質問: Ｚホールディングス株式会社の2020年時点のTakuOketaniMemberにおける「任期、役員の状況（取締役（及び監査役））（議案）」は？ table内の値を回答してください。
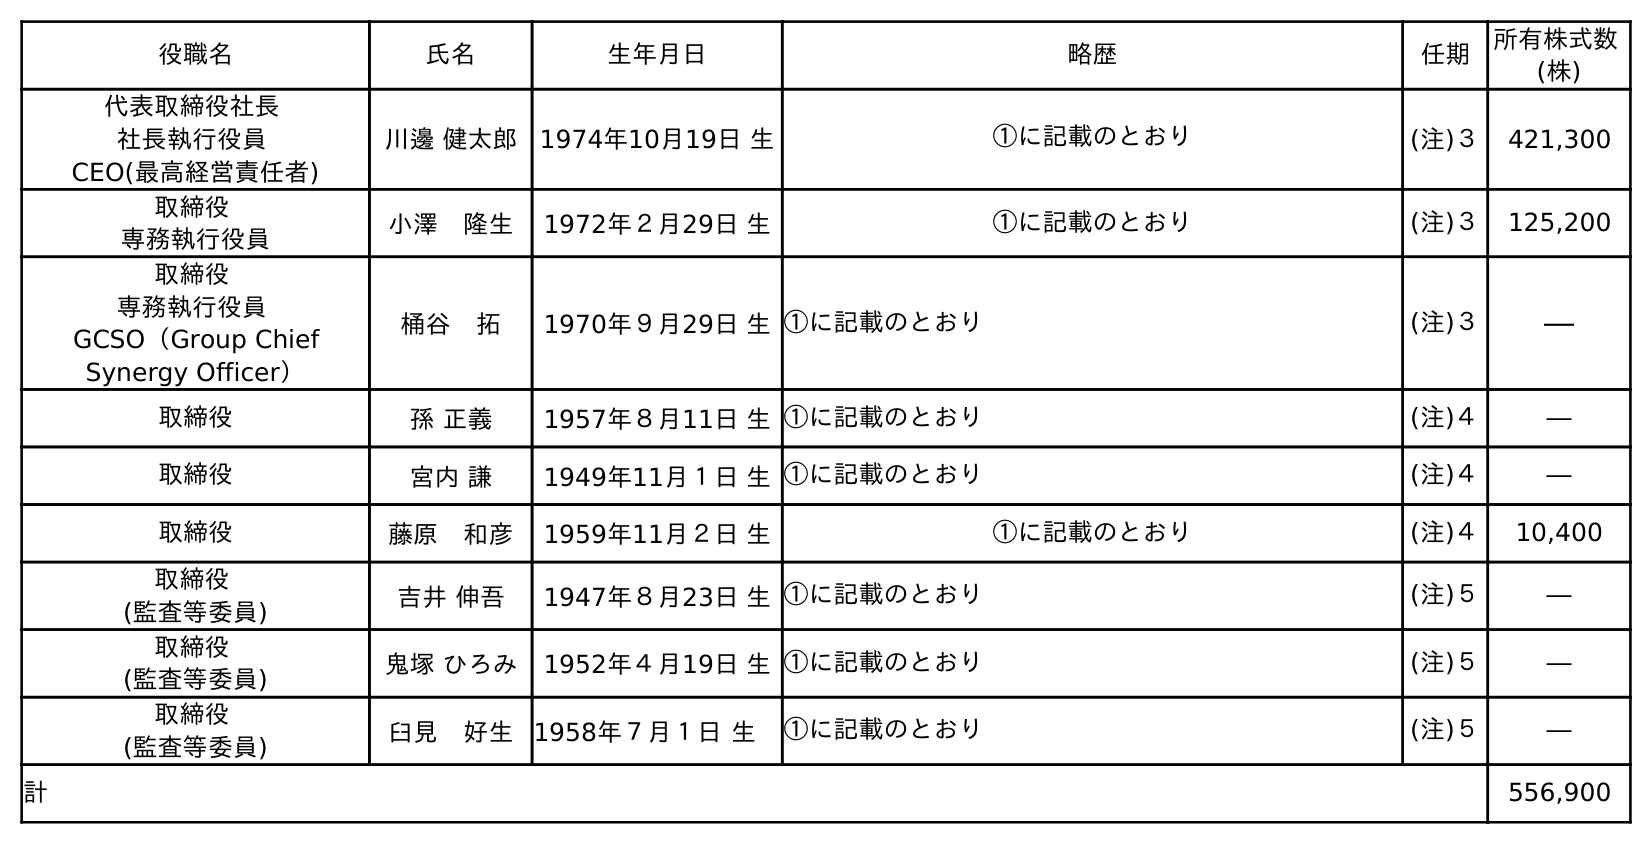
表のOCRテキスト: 役職名 氏名 生年月日 略歴 任期 所有株式数 (株) 代表取締役社長 社長執行役員 CEO(最高経営責任者) 川邊 健太郎 1974年10月19日 生 ①に記載のとおり (注)３ 421,300 取締役 専務執行役員 小澤 隆生 1972年２月29日 生 ①に記載のとおり (注)３ 125,200 取締役 専務執行役員 GCSO（Group Chief Synergy Officer） 桶谷 拓 1970年９月29日 生①に記載のとおり (注)３ ― 取締役 孫 正義 1957年８月11日 生①に記載のとおり (注)４ ― 取締役 宮内 謙 1949年11月１日 生①に記載のとおり (注)４ ― 取締役 藤原 和彦 1959年11月２日 生 ①に記載のとおり (注)４ 10,400 取締役 (監査等委員) 吉井 伸吾 1947年８月23日 生①に記載のとおり (注)５ ― 取締役 (監査等委員) 鬼塚 ひろみ 1952年４月19日 生①に記載のとおり (注)５ ― 取締役 (監査等委員) 臼見 好生 1958年７月１日 生 ①に記載のとおり (注)５ ― 計 556,900
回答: (注)３